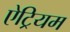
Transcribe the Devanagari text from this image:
ऐट्रियम